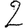
Digit: 2